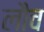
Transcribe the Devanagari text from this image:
लौच